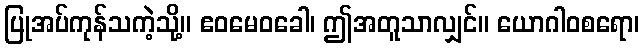
ပြုအပ်ကုန်သကဲ့သို့။ ဧဝမေဝခေါ၊ ဤအတူသာလျှင်။ ယောဂါဝစရော၊